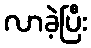
လာခဲ့ပြီး